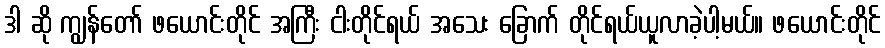
ဒါ ဆို ကျွန်တော် ဖယောင်းတိုင် အကြီး ငါးတိုင်ရယ် အသေး ခြောက် တိုင်ရယ်ယူလာခဲ့ပါ့မယ်။ ဖယောင်းတိုင်